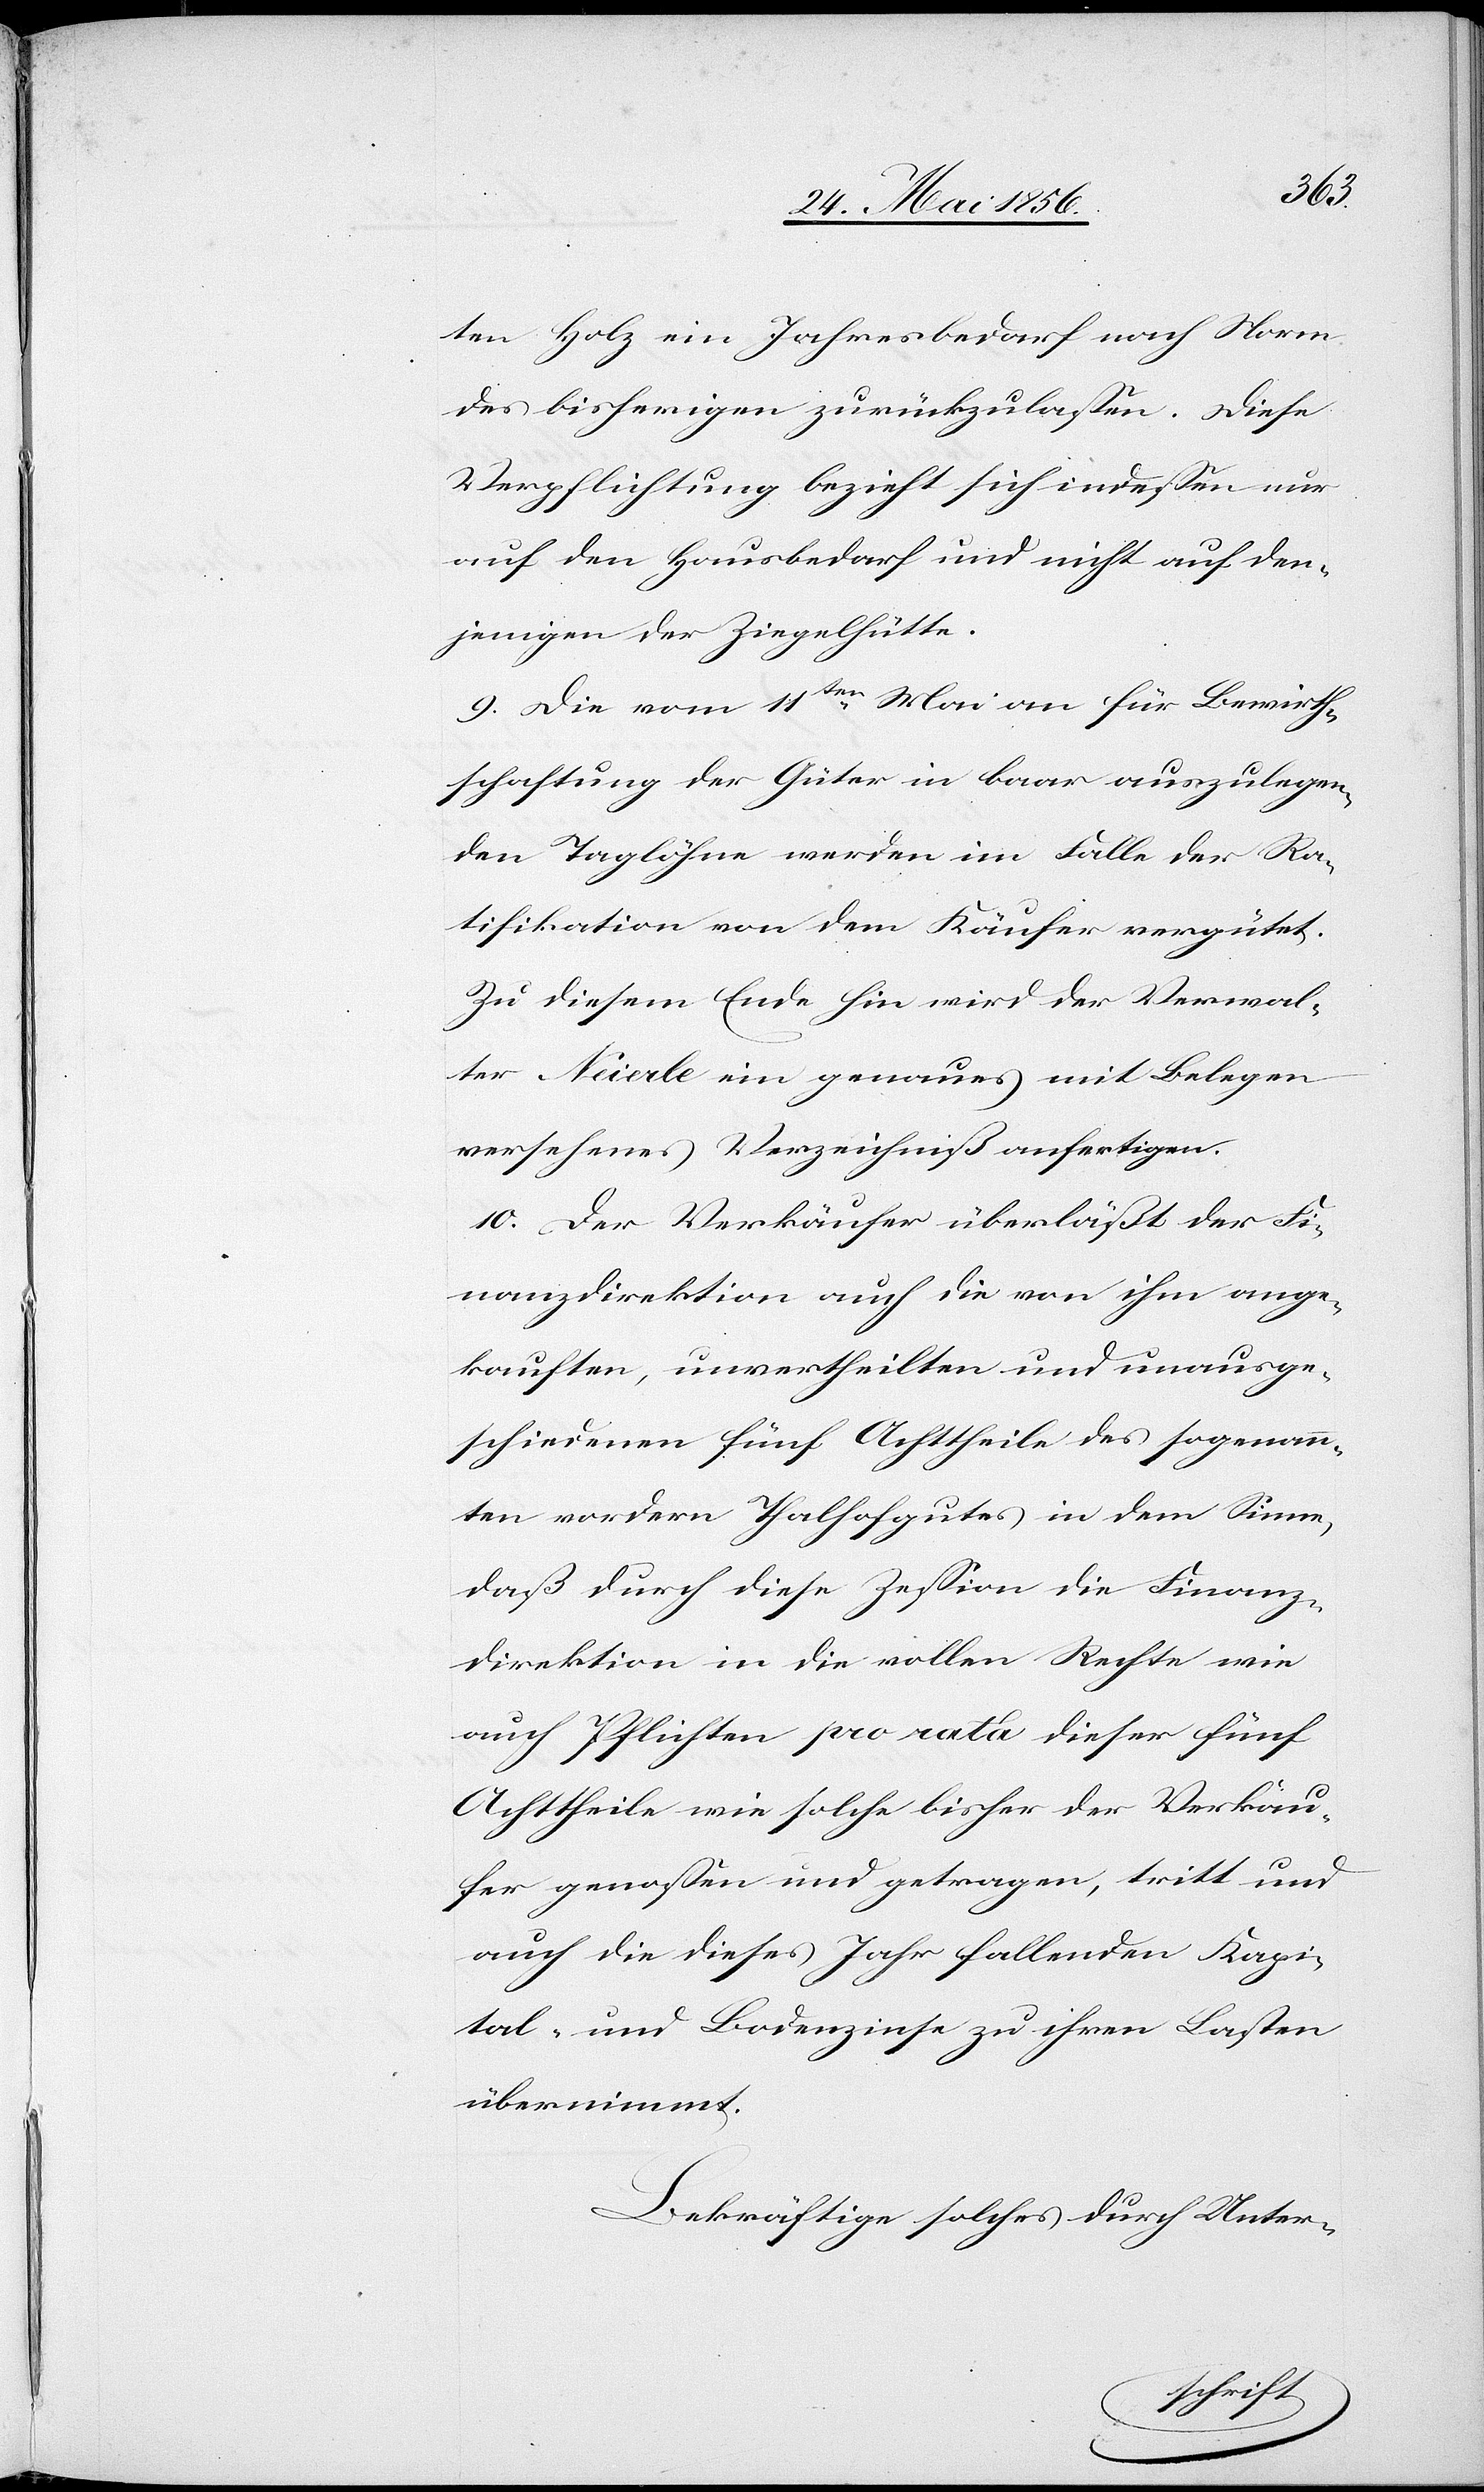
ten Holz ein Jahresbedarf nach Norm
des bisherigen zurückzulassen. Diese
Verpflichtung bezieht sich indessen nur
auf den Hausbedarf und nicht auf den¬
jenigen der Ziegelhütte.
9. Die vom 11ten Mai an für Bewirth¬
schaftung der Güter in baar auszulegen¬
den Taglöhne werden im Falle der Ra¬
tifikation von dem Käufer vergütet.
Zu diesem Ende hin wird der Verwal¬
ter Neierle ein genaues mit Belegen
versehenes Verzeichniß anfertigen.
10. Der Verkäufer überläßt der Fi¬
nanzdirektion auch die von ihm ange¬
kauften, unvertheilten und unausge¬
schiedenen fünf Achttheile des sogenann¬
ten vordern Thalhofgutes in dem Sinne,
daß durch diese Zession die Finanz¬
direktion in die vollen Rechte wie
auch Pflichten pro rata dieser fünf
Achttheile wie solche bisher der Verkäu¬
fer genossen und getragen, tritt und
auch die dieses Jahr fallenden Kapi¬
tal- und Bodenzinse zu ihren Lasten
übernimmt.
Bekräftige solches durch Unter-